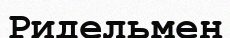
Ридельмен